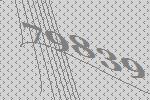
79839